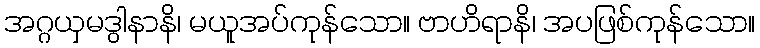
အဂ္ဂယှမဒွါနာနိ၊ မယူအပ်ကုန်သော။ ဗာဟိရာနိ၊ အပဖြစ်ကုန်သော။